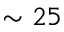
\sim 2 5